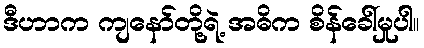
ဒီဟာက ကျနော်တို့ရဲ့ အဓိက စိန်ခေါ်မှုပါ။